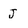
Character: J